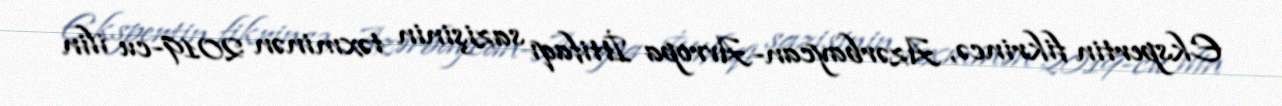
Ekspertin fikrincə, Azərbaycan-Avropa İttifaqı sazişinin təxminən 2019-cu ilin